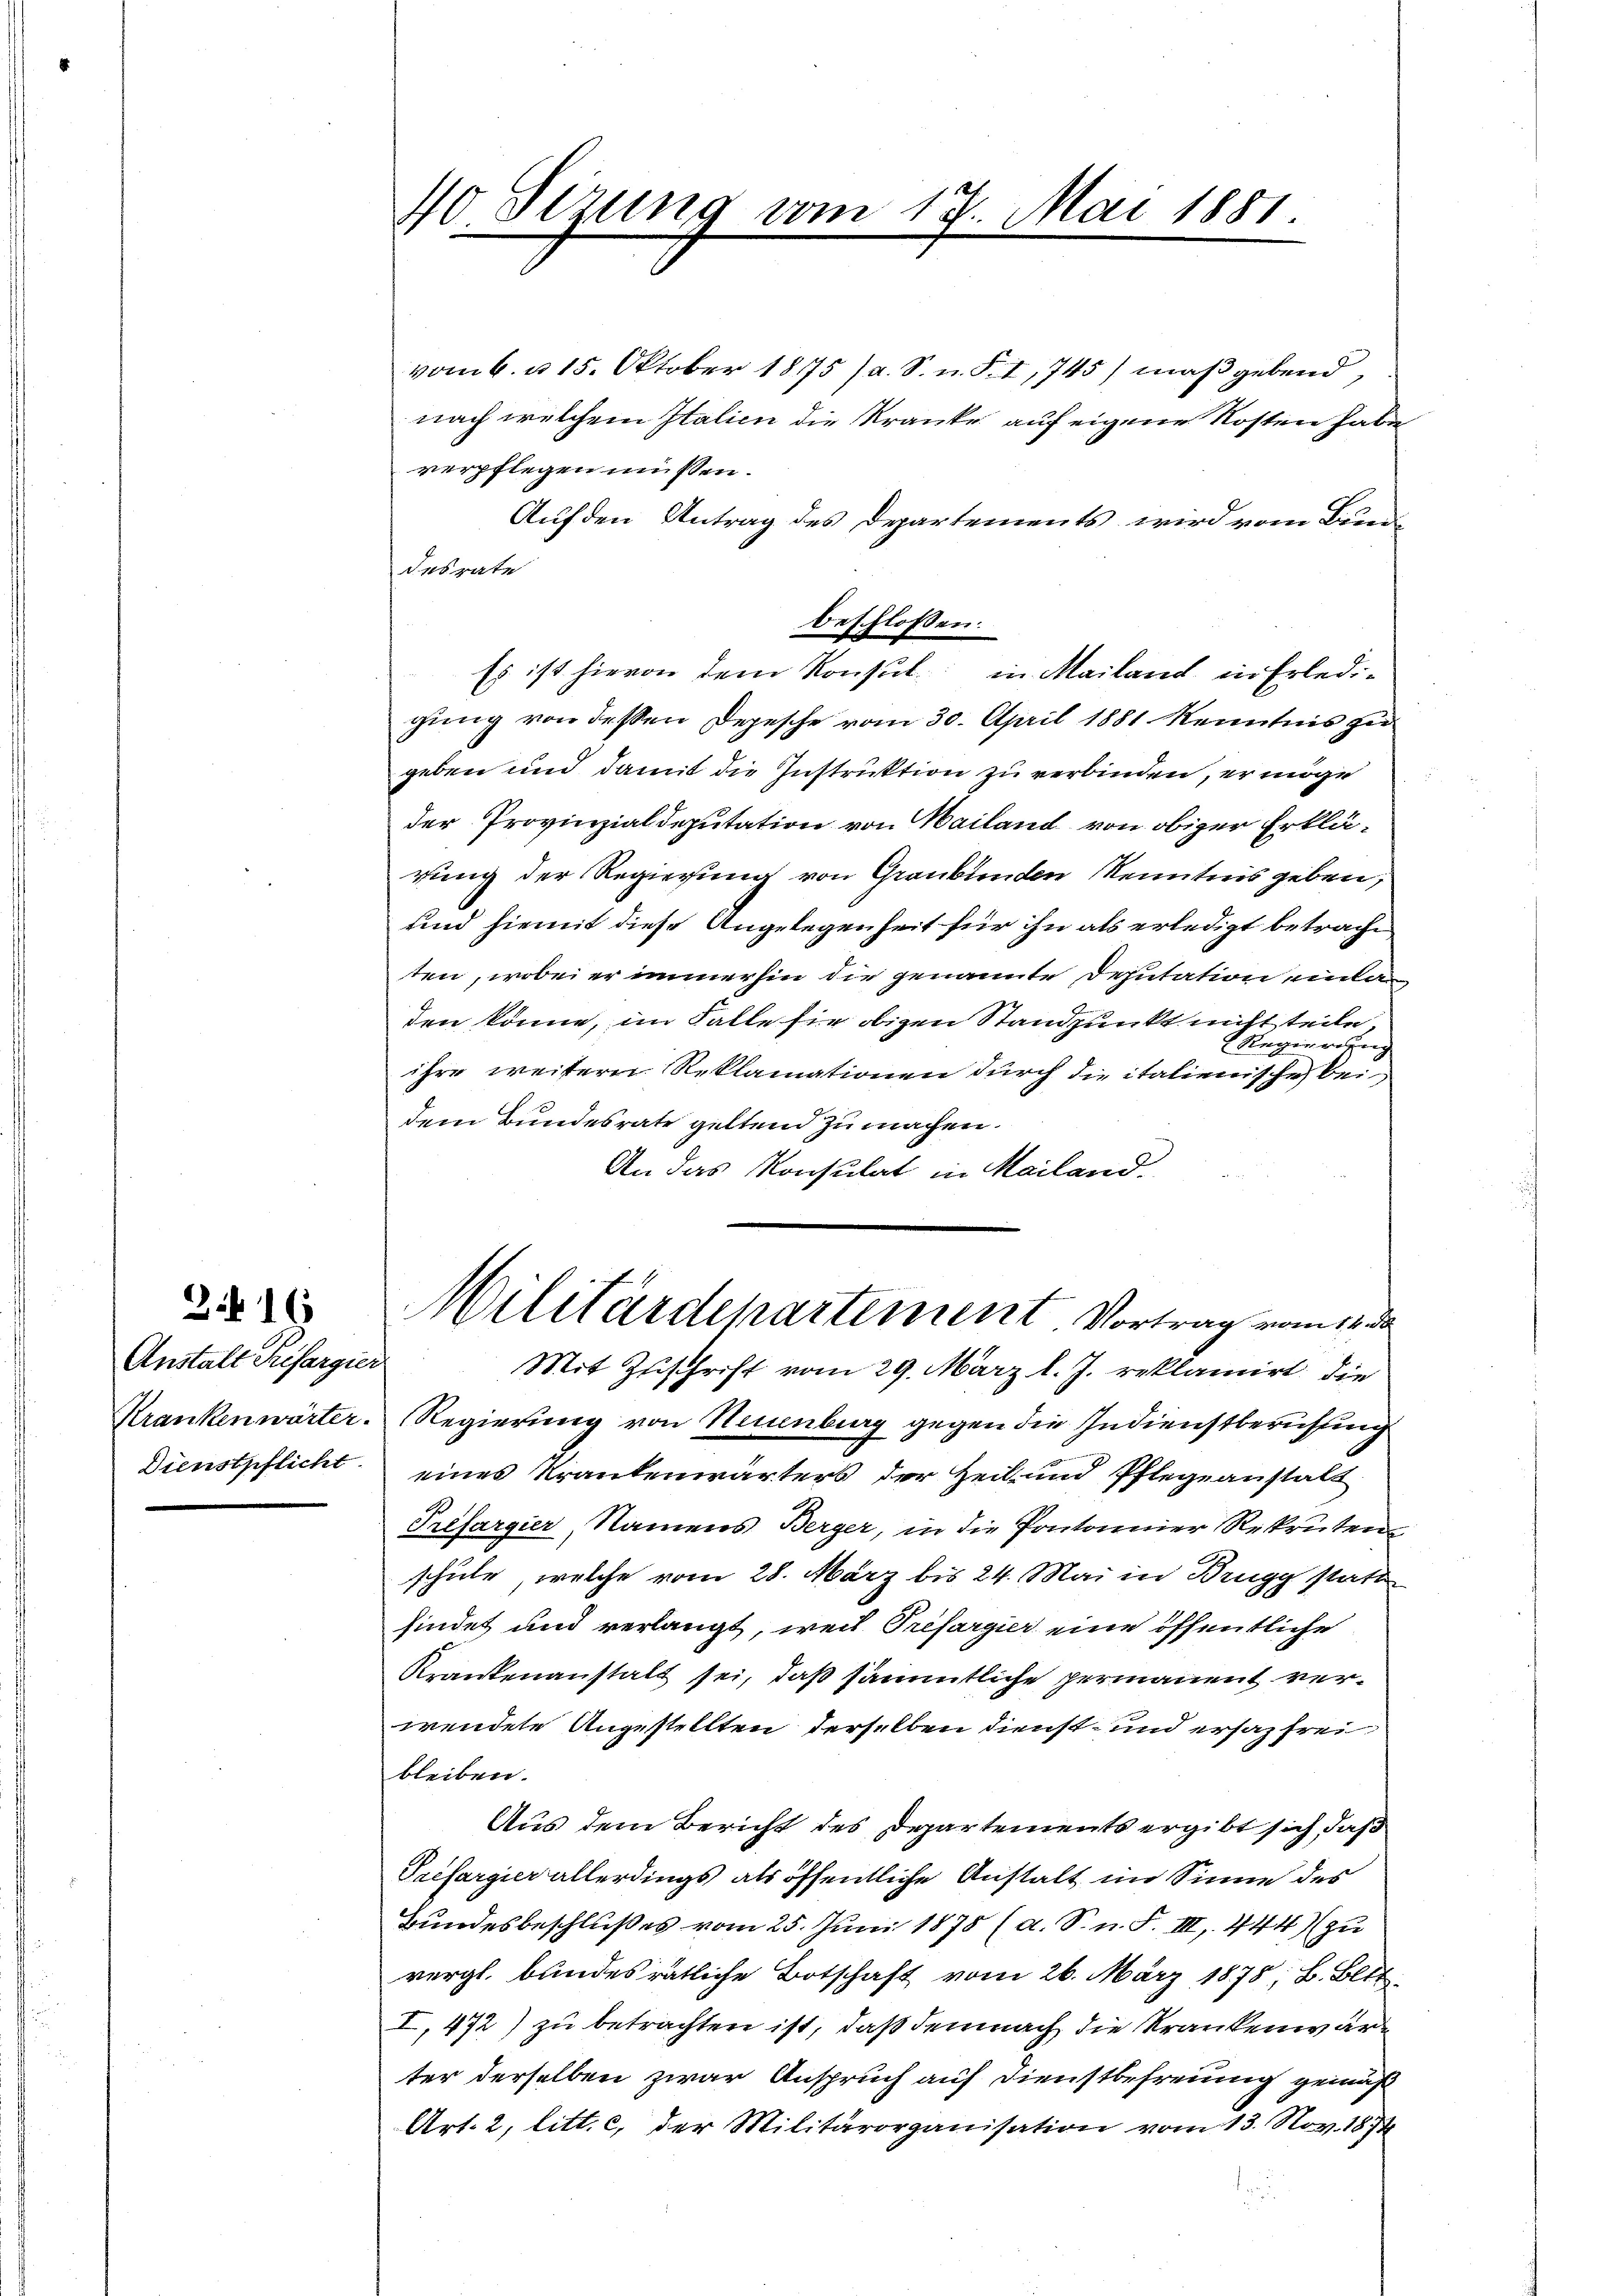
3. 16

Anstalt Trifargier
Krankenwärter.
Dienstpflicht

40. Sezung vom 17. Mai 1881.

vom 6. d. 15. Oktober 18175 (a. S. n. F. I, 745) maßgebend,
nach welchem Italien die Kranke auf eigene Kosten habe
verpflegen müssen.
Auf den Antrag des Departements wird vom Bun-
desrate
beschlossen:
Es ist hievon dem Konsul in Mailand in Erledigung von dessen Depesche vom 30. April 1881 Kenntnis zu
geben und damit die Instruktion zu verbinden, er möge
der Provinzialdeputation von Mailand von obiger Erklärung der Regierung von Graubünden Kenntnis geben,
und hiemit diese Angelegenheit für ihn als erledigt betracht
ten, wobei er immerhin die genannte Deputation eintaden könne, im Falle sie obigen Standpunkt nicht teile,
Regierung
ihre weitern Reklamationen durch die italienische bei
dem Bundesrate gelten zu machen.
An das Konsulat in Mailand.

Militärdepartement Vortrag vom 14. d.
Mit Zuschrift vom 29. März l. J. reklamirt, die
Regierung von Neuenburg gegen die Indienstberufung
eines Krankenwärters der Zeit und Pflegeanstalt
Préfargier, Namens Berger, in die Pontonnier Rekruten
schule, welche vom 28. März bis 24. Mai in Brugg statt
findet und verlangt, weil Préfargier eine öffentliche
Krankenanstalt sei, daß sämmtliche permanent verwendete Angestellten derselben dienst- und ersaz frei
bleiben.
Aus dem Bericht des Departements ergibt sich, daß
Prefargier allerdings als öffentliche Anstalt im Sinne des
Bundesbeschlußes vom 25. Juni 1878 (d. S. n. F. III 444) zu
vergl. bundesrätliche Botschaft vom 26. März 1878; B. Bett.
I, 472) zu betrachten ist, daß demnach die Krankenwärter derselben zwar Anspruch auf Dienstbefreung gemäß
Art. 2, litt. c, der Militärorganisation vom 13. Nov. 1874